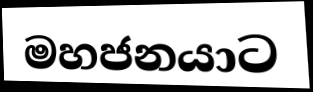
මහජනයාට